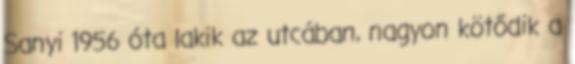
Sanyi 1956 óta lakik az utcában, nagyon kötődik a